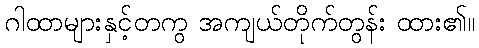
ဂါထာများနှင့်တကွ အကျယ်တိုက်တွန်း ထား၏။